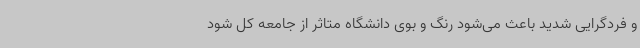
و فردگرایی شدید باعث می‌شود رنگ و بوی دانشگاه متاثر از جامعه کل شود